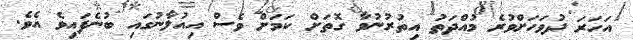
އަހަރަ ދުވަހަށްވުރެ މުއްދަތު އިތުރުނުވާ ގޮތަށް ކަމަށް ވެސް އިއުލާނުގައި ބުނެފައިވެ އެވެ.